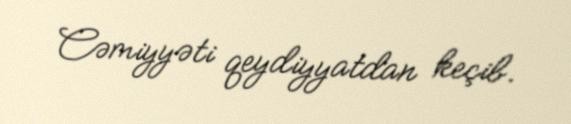
Cəmiyyəti qeydiyyatdan keçib.